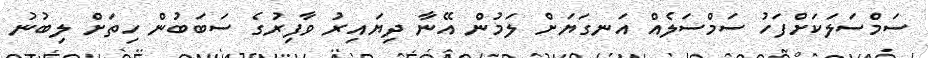
ސަމްސަލަކަށްފަހު ސަމްސަލެއް އަނގަޔަށް ލަމުން އޭނާ ދިޔައިރު ވާފިރުގެ ސަބަބުން ހިތަށް ލިބުނު